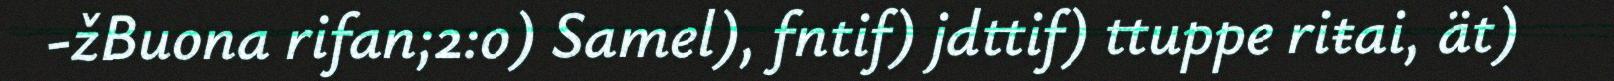
-žBuona rifan;2:o) Samel), fntif) jdttif) ttuppe riŧai, ät)